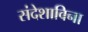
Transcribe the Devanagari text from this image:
संदेशाविना